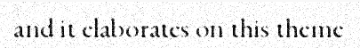
and it elaborates on this theme